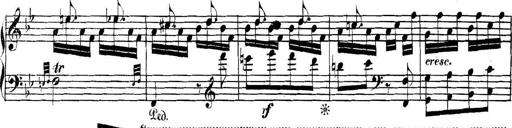
Title: Collected Piano Sonatas
Composer: Muzio Clementi